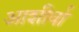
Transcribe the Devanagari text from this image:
आशीर्वा